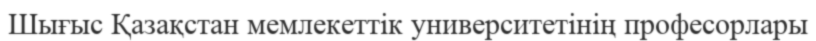
Шығыс Қазақстан мемлекеттік университетінің професорлары